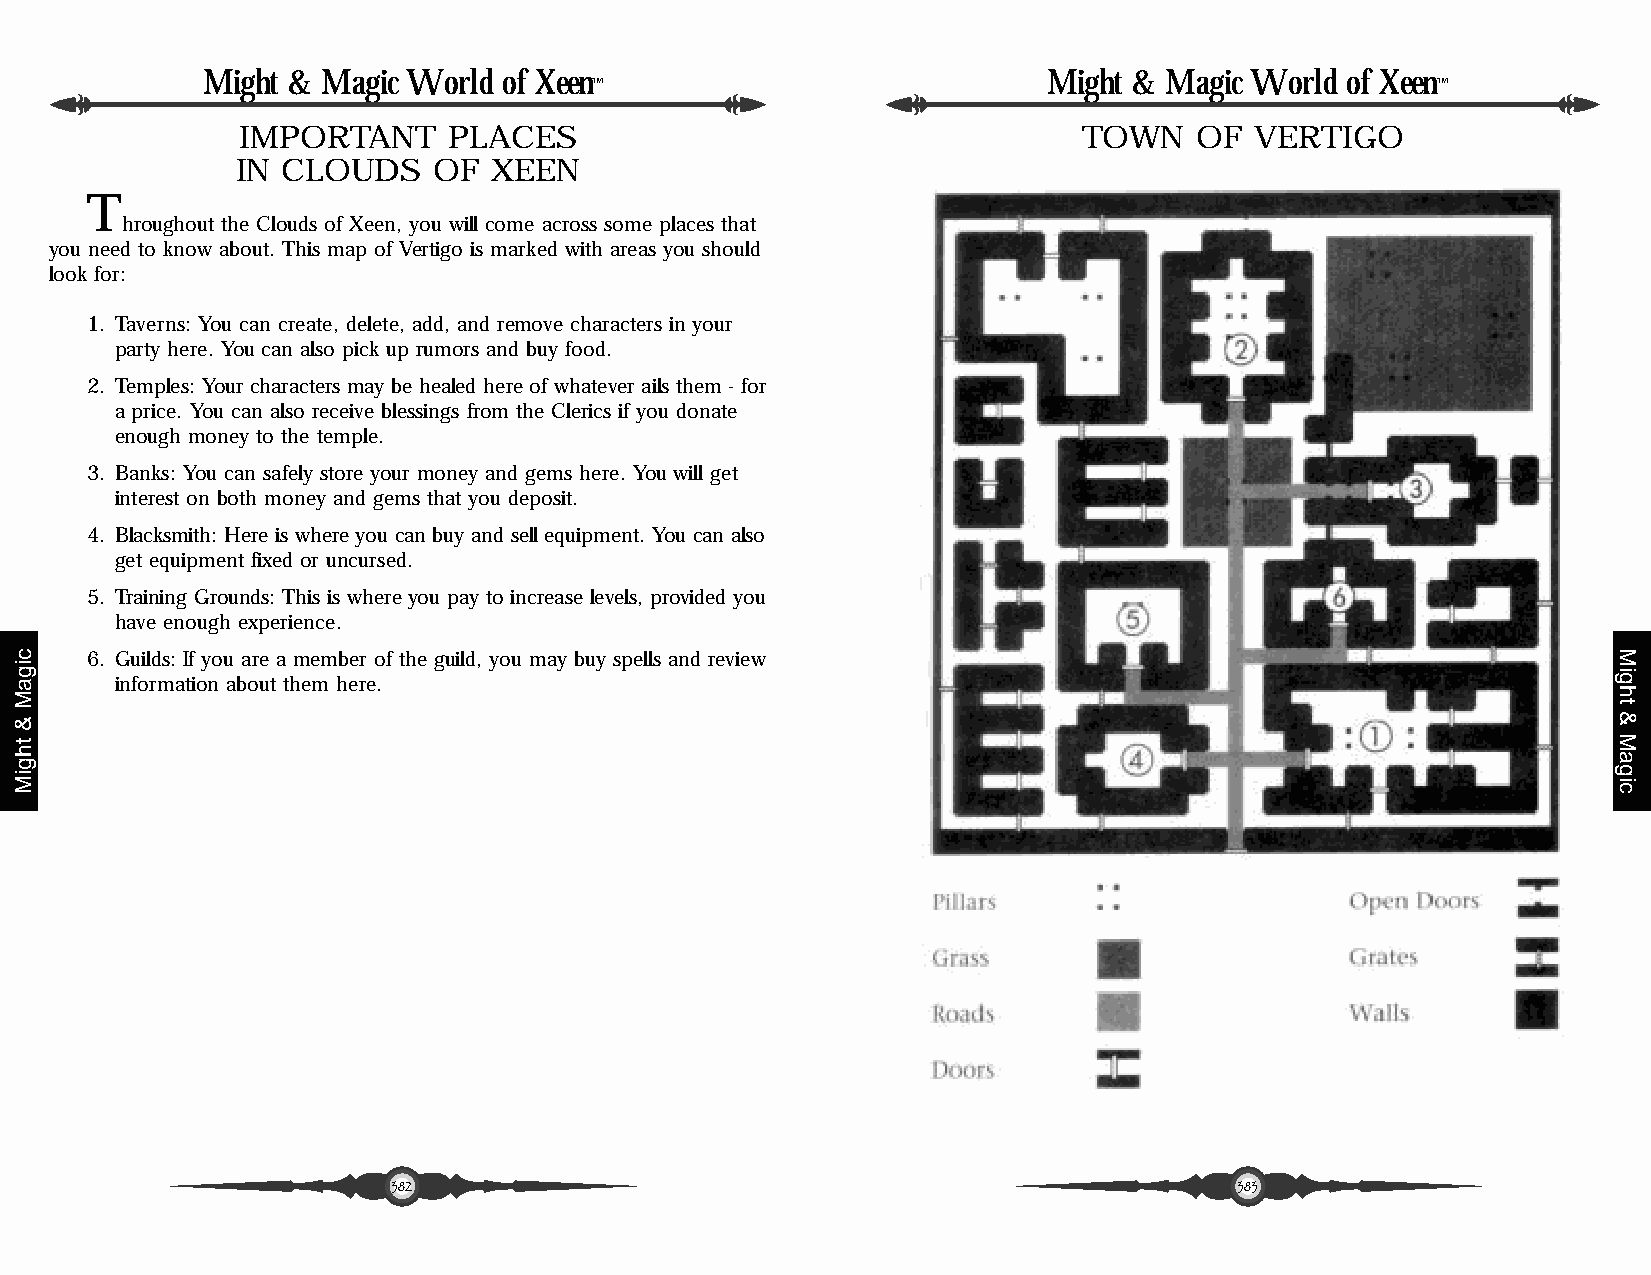
Might & Magic World of Xeen                             Might & Magic World of Xeen
 ™                                                       ™
 IMPORTANT     PLACES                                    TOWN   OF  VERTIGO
 IN CLOUDS    OF  XEEN
 T
 hroughout the Clouds of Xeen, you will come across some places that
 you need to know about. This map of Vertigo is marked with areas you should
 look for:
 1. Taverns: You can create, delete, add, and remove characters in your
 party here. You can also pick up rumors and buy food.
 2. Temples: Your characters may be healed here of whatever ails them - for
 a price. You can also receive blessings from the Clerics if you donate
 enough money to the temple.
 3. Banks: You can safely store your money and gems here. You will get
 interest on both money and gems that you deposit.
 4. Blacksmith: Here is where you can buy and sell equipment. You can also
 get equipment fixed or uncursed.
 5. Training Grounds: This is where you pay to increase levels, provided you
 have enough experience.
 6. Guilds: If you are a member of the guild, you may buy spells and review
 information about them here.
 382                                                     383
 cigaM
 &
 thgiM
 Might
 &
 Magic